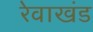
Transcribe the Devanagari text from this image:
रेवाखंड